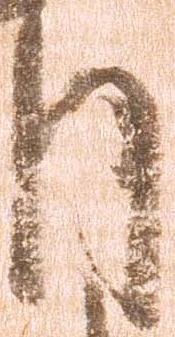
月